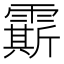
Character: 𩅰